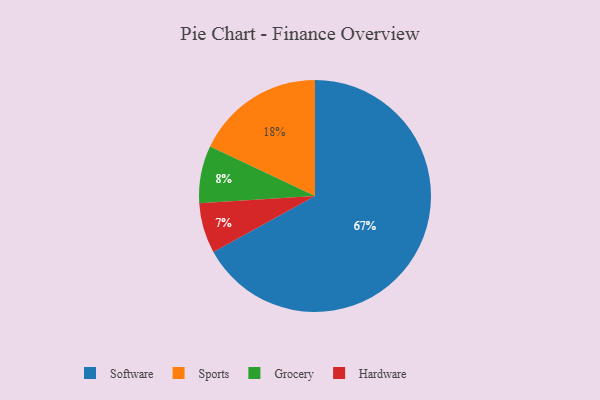
{"axis": {"x": "Category", "y": "Percentage"}, "legend": ["Grocery", "Hardware", "Software", "Sports"], "data": [{"x": "Grocery", "y": 8, "type": "Grocery"}, {"x": "Sports", "y": 18, "type": "Sports"}, {"x": "Hardware", "y": 7, "type": "Hardware"}, {"x": "Software", "y": 67, "type": "Software"}]}